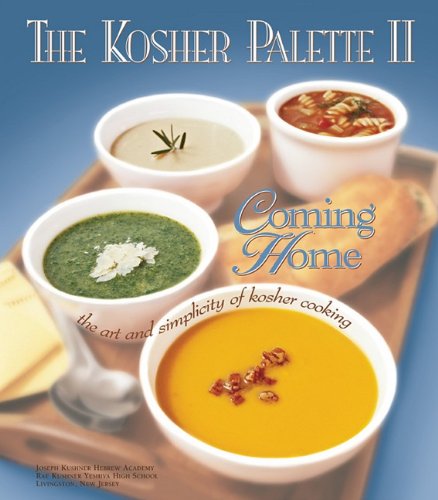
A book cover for The Kosher Palette II: Coming Home, the Art and Simplicity of Kosher Cooking; Cookbooks, Food & Wine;